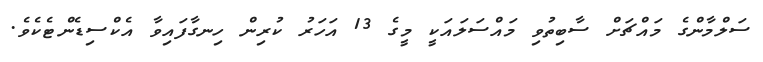
ސަލްމާންގެ މައްޗަށް ސާބިތުވި މައްސަލައަކީ މީގެ 13 އަހަރު ކުރިން ހިނގާފައިވާ އެކްސިޑެންޓެކެވެ.